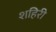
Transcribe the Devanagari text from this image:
शहिरी